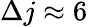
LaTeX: \Delta j\approx 6